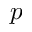
p